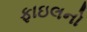
ફાઇલનો